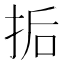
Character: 㧨